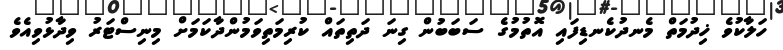
ހަލާކުވެ ޚިދުމަތް މެނދުކެނޑިފައި އޮތުމުގެ ސަބަބުން ގިނަ ދަތިތައް ކުރިމަތިވަމުންދާކަމަށް މިނިސްޓަރު ވިދާޅުވިއެވެ